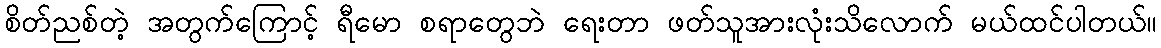
စိတ်ညစ်တဲ့ အတွက်ကြောင့် ရီမော စရာတွေဘဲ ရေးတာ ဖတ်သူအားလုံးသိလောက် မယ်ထင်ပါတယ်။